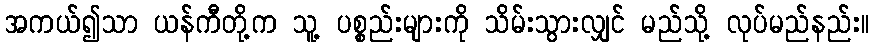
အကယ်၍သာ ယန်ကီတို့က သူ့ ပစ္စည်းများကို သိမ်းသွားလျှင် မည်သို့ လုပ်မည်နည်း။